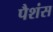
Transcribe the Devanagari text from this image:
पैशंस